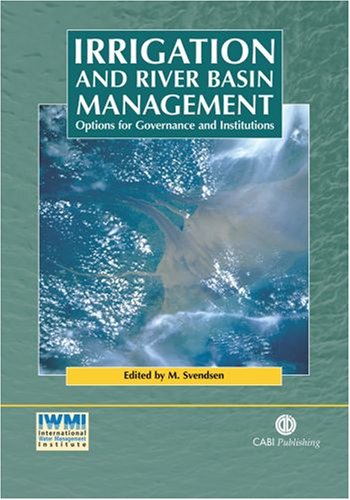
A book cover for Irrigation and River Basin Management: Options for Governance and Institutions; Mark Svendsen; Science & Math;